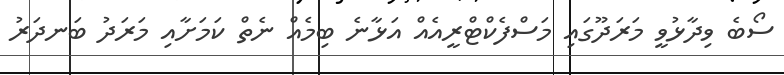
ސޯބެ ވިދާޅުވީ މަރަދޫގައި މަސްފެކްޓްރީއެއް އަޅާނެ ބިމެއް ނެތް ކަމަށާއި މަރަދު ބަނދަރު